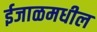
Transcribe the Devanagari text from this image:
ईजाळमधील